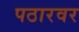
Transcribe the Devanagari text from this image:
पठारवर